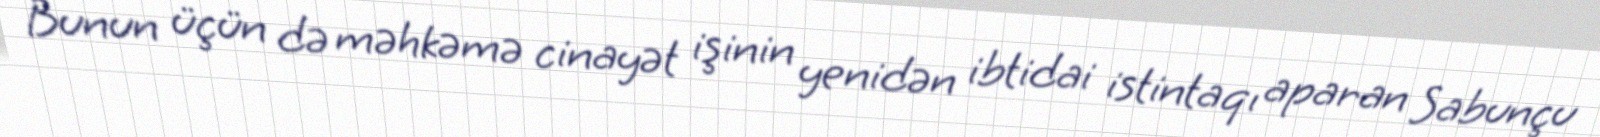
Bunun üçün də məhkəmə cinayət işinin yenidən ibtidai istintaqı aparan Sabunçu